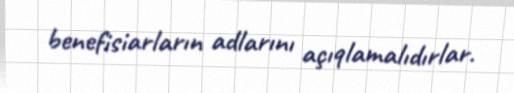
benefisiarların adlarını açıqlamalıdırlar.